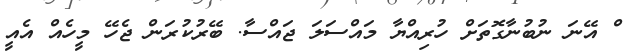
ްްްްްްްްްްްްްްްްްްްްްްްްްްްްްްްްްްްްްްްްް އޭނަ ނުބުނާގޮތަށް ހުރިއްޔާ މައްސަލަ ޖައްސާ. ބޭރުކުރަން ޖެހޭ މީހެއް އެއީ